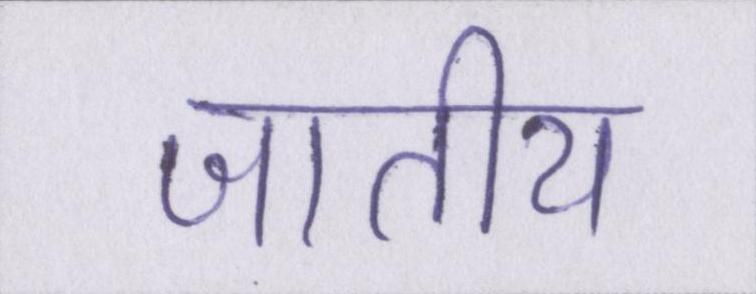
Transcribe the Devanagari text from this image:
जातीय